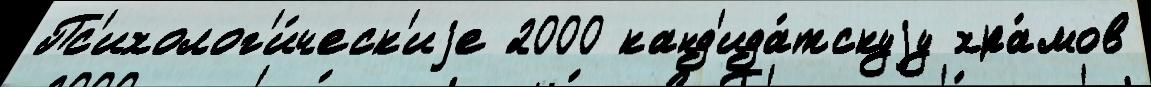
Пс'ихолог'и́ческ'иjе 2000 канд'ида́тскуjу хра́мов